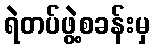
ရဲတပ်ဖွဲ့စခန်းမှ